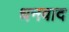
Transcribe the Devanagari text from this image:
धनवाद